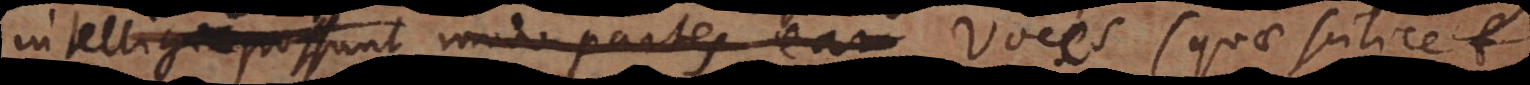
intelligi possunt, modo partes ear voces (quae scilicet